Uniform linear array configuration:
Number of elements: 12
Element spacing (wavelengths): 1
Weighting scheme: hann
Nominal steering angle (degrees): -60
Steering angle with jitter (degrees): -59.154
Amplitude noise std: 0.05
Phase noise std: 0.05

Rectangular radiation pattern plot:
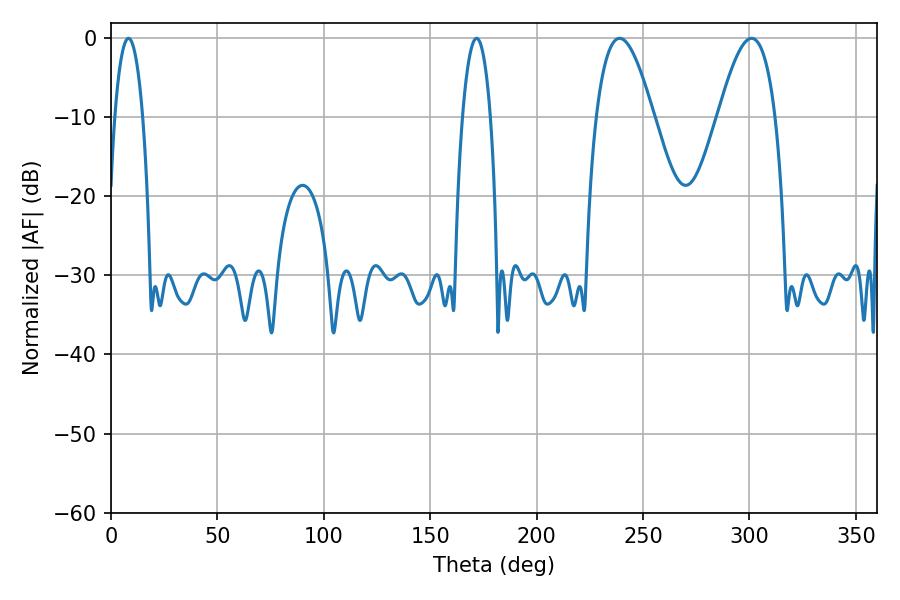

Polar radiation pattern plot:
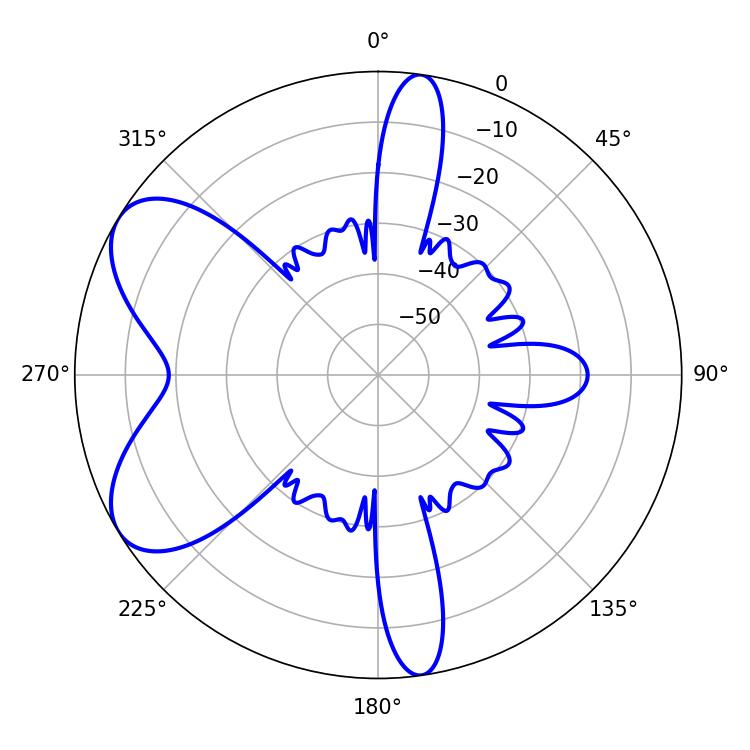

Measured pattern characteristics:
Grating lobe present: TRUE
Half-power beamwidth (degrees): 14.76
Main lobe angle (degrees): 239.04